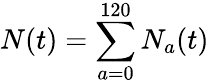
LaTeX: N(t)=\sum_{a=0}^{120}N_{a}(t)